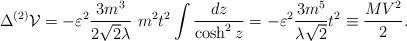
LaTeX: \begin{align*}\Delta^{(2)} {\cal V} = - \varepsilon ^2 \frac{3 m^3}{2 {\sqrt {2}} \lambda}~ m^2 t^2 \int \frac{dz}{\cosh^2 z} = - \varepsilon ^2\frac {3 m^5} {\lambda {\sqrt 2}} t^2 \equiv \frac {M V^2}{2}.\end{align*}